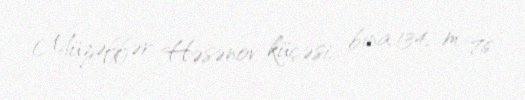
Müzəffər Həsənov küçəsi, bina 134, m. 76